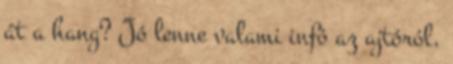
át a hang? Jó lenne valami infó az ajtóról,